State Department UAP Cable 1, Papua New Guinea, January 28, 1985
Agency: Department of State
Incident date: 1/24/85
Incident location: Papua New Guinea
Page 3
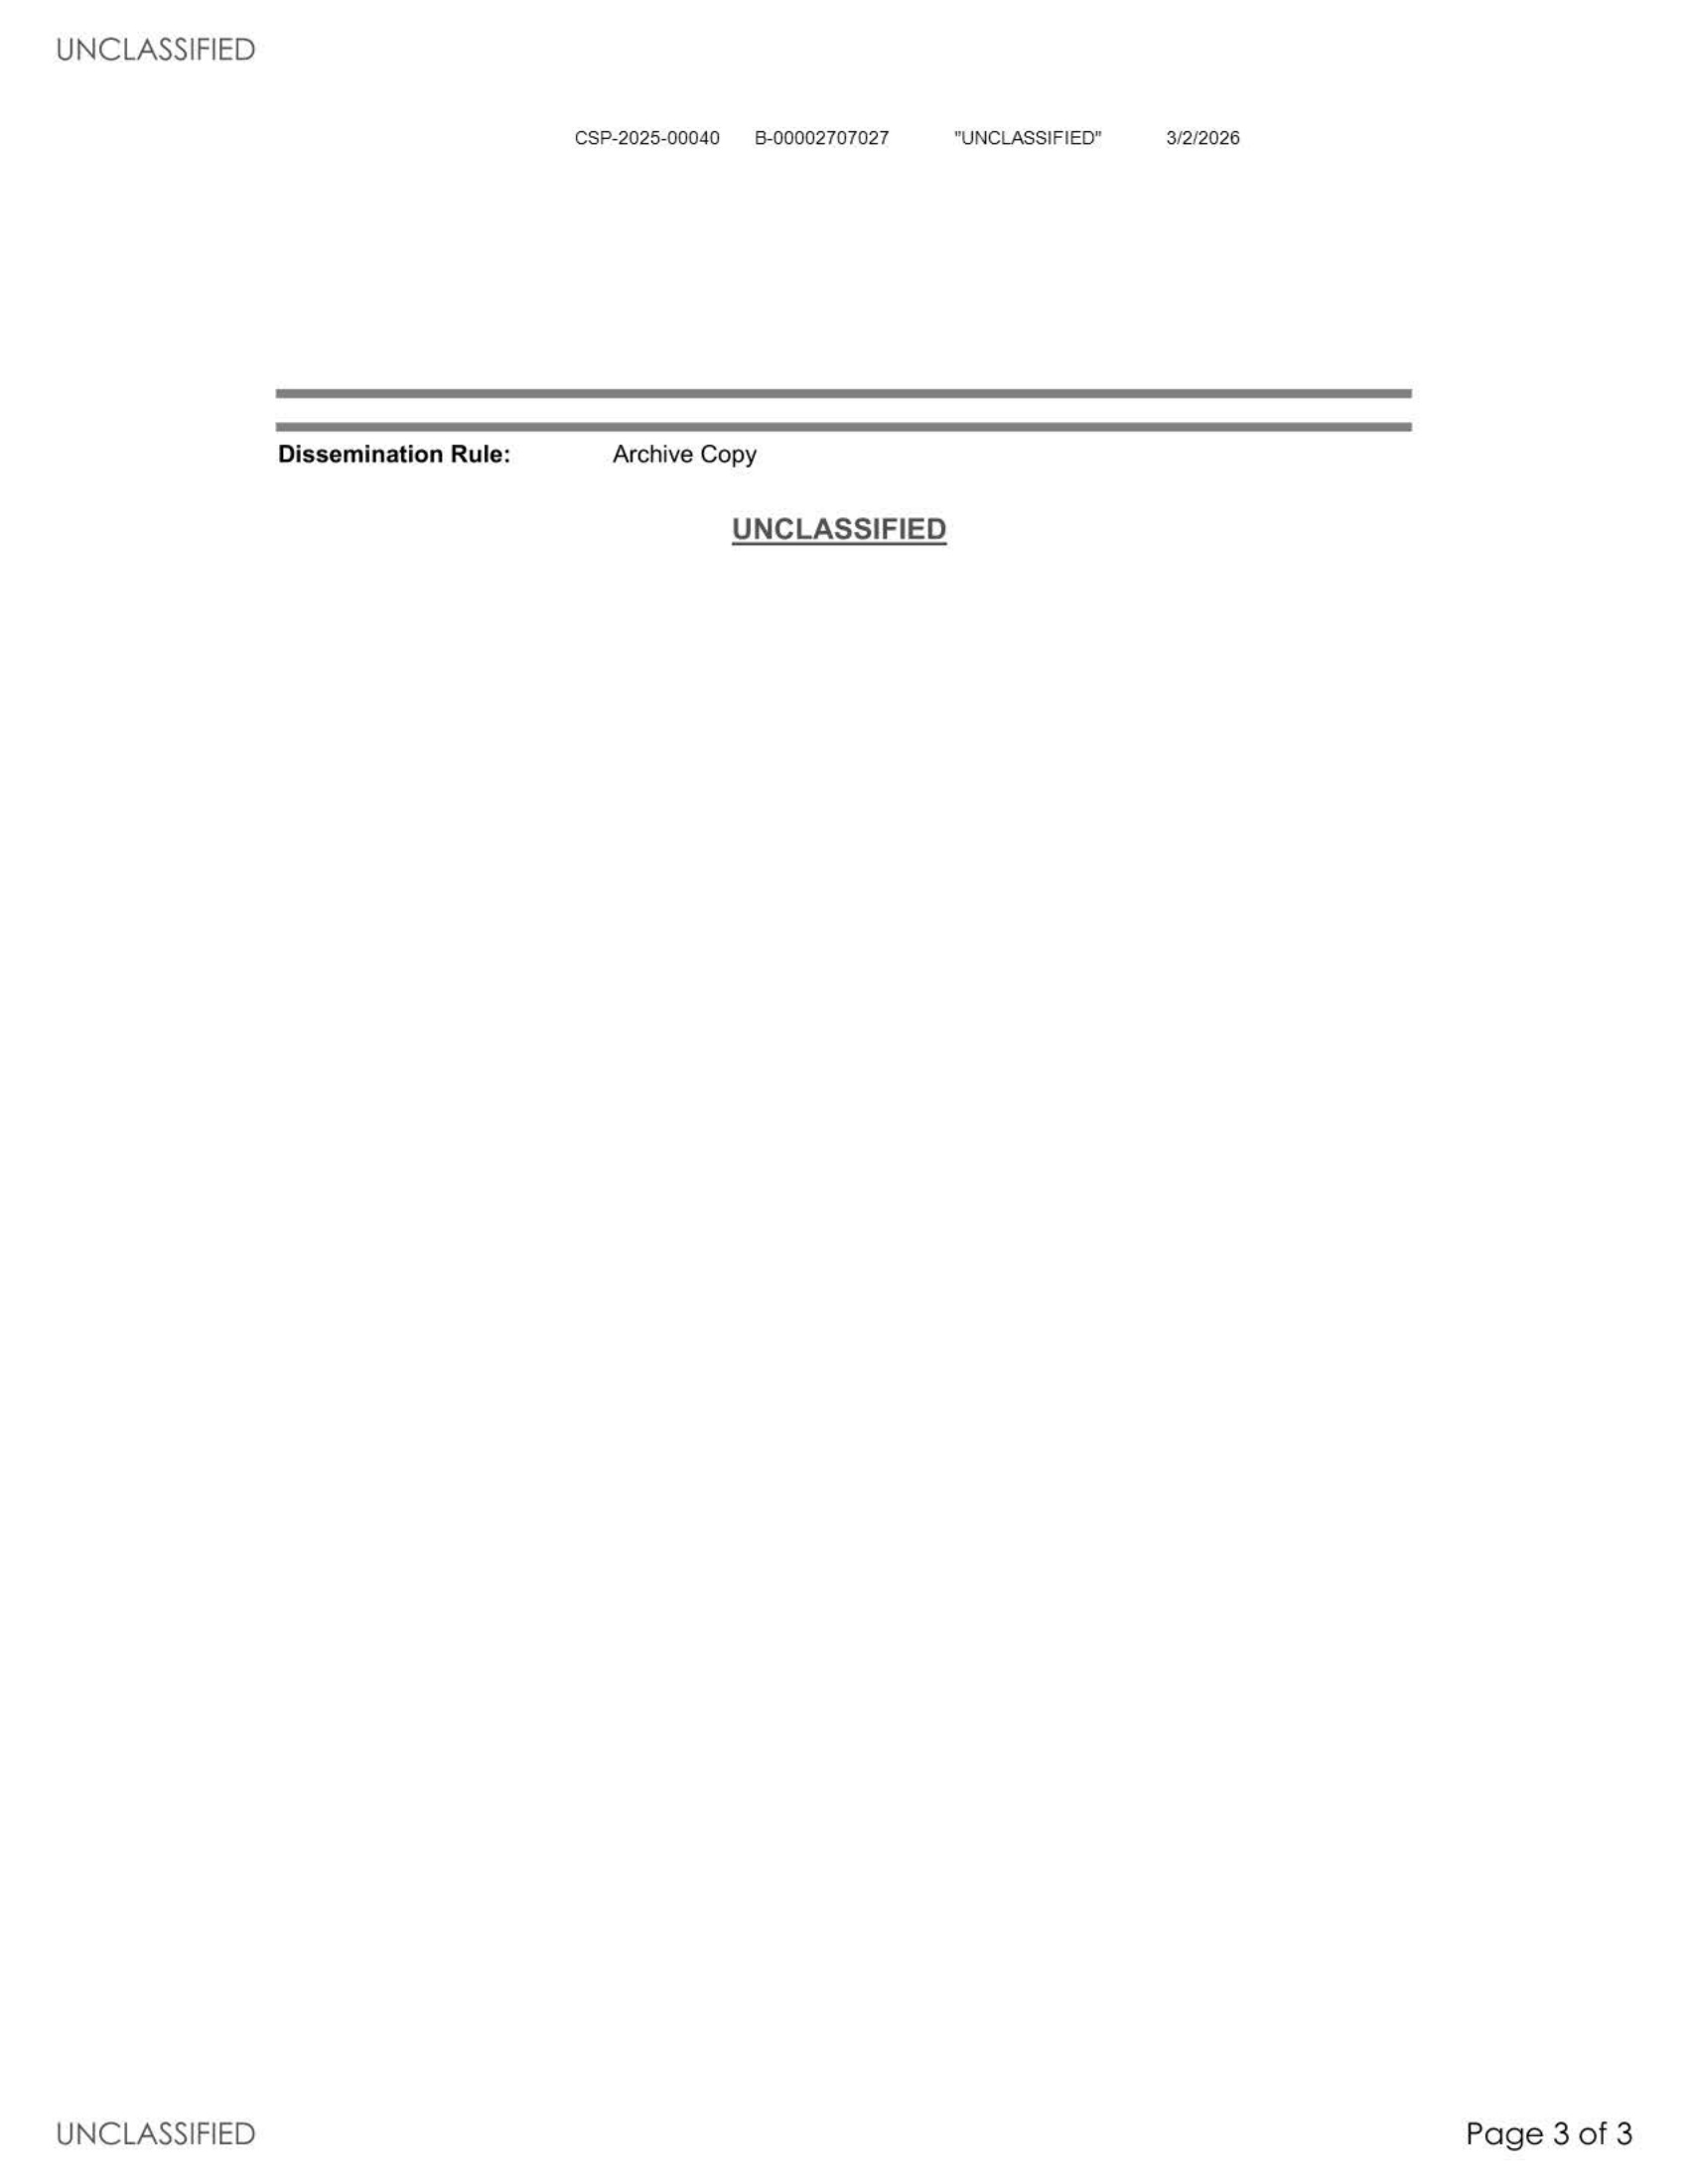